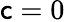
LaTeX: \mathsf{c}=0